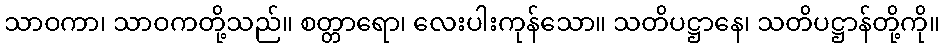
သာဝကာ၊ သာဝကတို့သည်။ စတ္တာရော၊ လေးပါးကုန်သော။ သတိပဋ္ဌာနေ၊ သတိပဋ္ဌာန်တို့ကို။